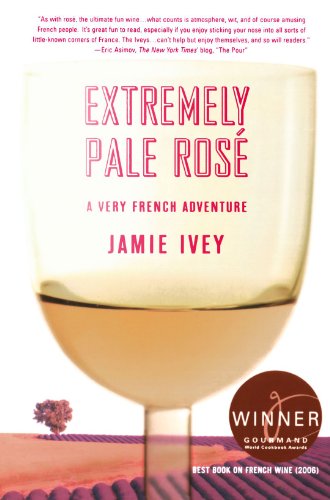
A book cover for Extremely Pale RosÃ©: A Very French Adventure; Jamie Ivey; Travel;